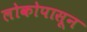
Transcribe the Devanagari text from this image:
लोकोपासून